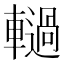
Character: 𮝫